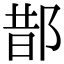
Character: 𨛳